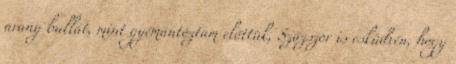
arany bullát, mint gyémántoztam előttük, Százszor is esküdvén, hogy